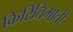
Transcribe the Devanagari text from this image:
किरितिमाती